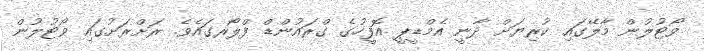
ވޯޓުލުން މާލޭގައި ކުރިޔަށް ދާނީ އެމްޑީޕީ އޮފީހުގެ ގްރައުންޑް ފްލޯރގައެވެ. ރަށްރަށުގައި ވޯޓުލުން